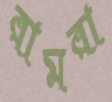
রামরা